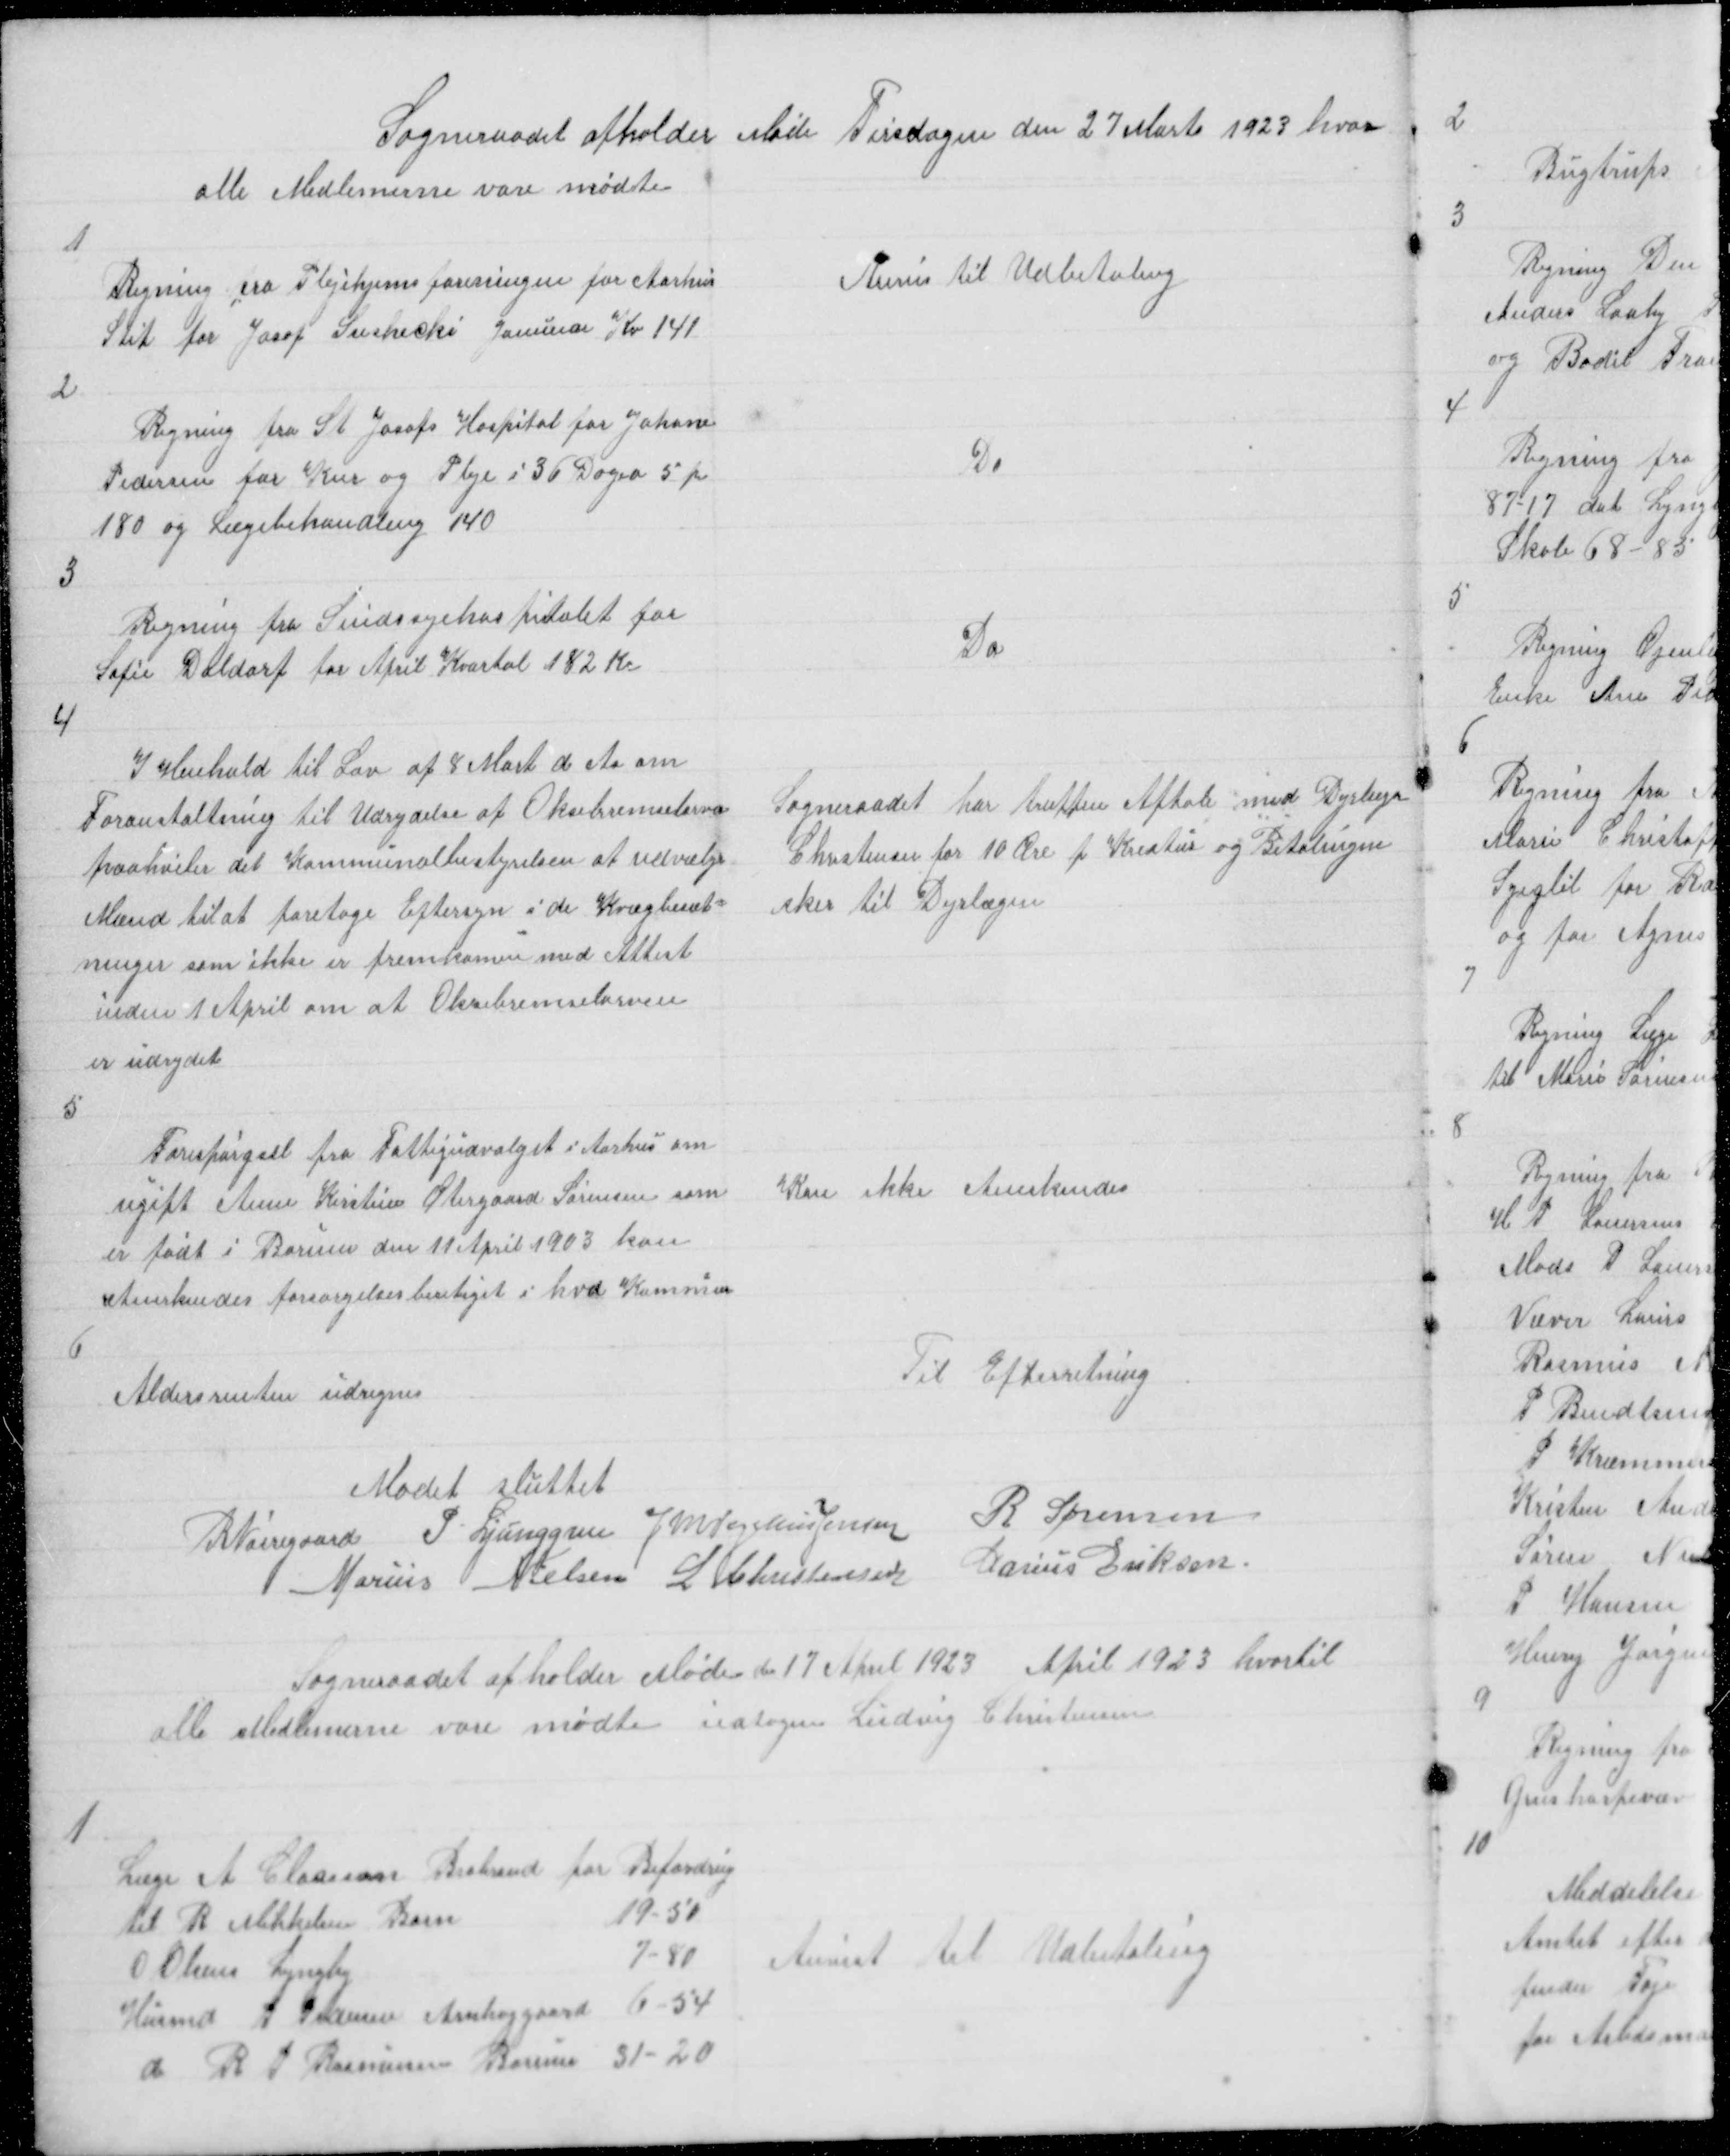
Transskription:
Sogneraadet afholder Møde Tirsdagen den 27 Marts 1923 hvor
alle Medlemerne vare mødte

1

Regning fra Plejehjemsforeningen for Aarhus
Stit for Josof Sushecki Januar Kr 141

Anvis til Udbetaling

2

Regning fra St Josofs Hospital for Johane
Pedersen for Kur og Pleje i 36 Dagea 5 pr
180 og Lægebehandling 140

Do

3

Regning fra Sindssyehospitalet for
Sofie Daldorf for April Kvartal 182 Kr

Do

4

I Henhold til Lov af 8 Mart d Aa om
Foranstaltning til Udrydelse af Oksebremselarva
paahviler det Kommunalbestyrelsen at udvælge
Mænd til at foretage Eftersyn i de Kvægbesæt=
ninger som ikke er fremkomne med Attest
inden 1 April om at Oksebremselarven
er udrydet

Sogneraadet har truffen Aftale med Dyrlæge
Christensen for 10 Øre p Kreatur og Betalingen
sker til Dyrlægen

5

Forespørgsel fra Fattigudvalget i Aarhus om
ugift Anne Kirstine Øtergaard Sørensen som
er født i Borum den 11 April 1903 kan
Anerkendes forsørgelsesberetiget i hvd Kommu

Kan ikke Anerkendes

6

Aldersrenten udregnes

Til Efterretning

Mødet sluttet
R Nørregaard P Ljunggren J M Vogelius Jensen R Sørensen
Marius Nielsen L Christensen Marius Eriksen

Sogneraadet afholder Møde den 17 April 1923 April 1923 hvortil
alle Medlemerne vare mødte udtagen Ludvig Christensen

1

Læge A Claasson Brabrand for Befordring
til R Mikkelsen Barn
19 - 50
O Olsens Lyngby
7 - 80
Husmd G Pedersen Anhøjgaard 6 - 54
d R P Rasmussen Borum 31-20

Anvist til Udbetaling